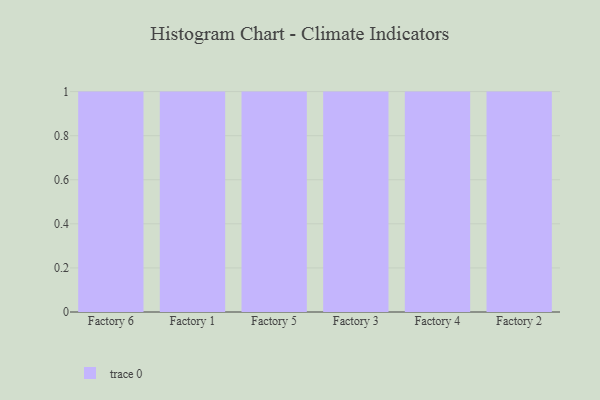
{"axis": {"x": "Factory", "y": "Revenue (USD Million)"}, "legend": [""], "data": [{"x": "Factory 6", "y": 17, "type": ""}, {"x": "Factory 1", "y": 52, "type": ""}, {"x": "Factory 5", "y": 74, "type": ""}, {"x": "Factory 3", "y": 53, "type": ""}, {"x": "Factory 4", "y": 72, "type": ""}, {"x": "Factory 2", "y": 78, "type": ""}]}